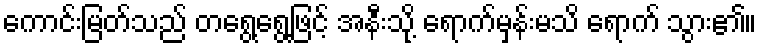
ကောင်းမြတ်သည် တရွေ့ရွေ့ဖြင့် အနီးသို့ ရောက်မှန်းမသိ ရောက် သွား၏။